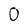
Character: 0